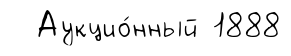
Аукцио́нный 1888